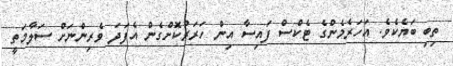
ތިބި ބަޔެކެވެ. އަހަރެމެންގެ ޓެކްސް ފައިސާ އިން ހަރަރުކޮށްގެން އެފަދަ ވެރިންނަށް ސަލާމަތީ